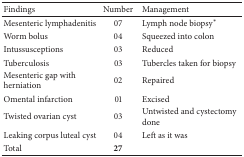
<table><thead><tr><td><b>Findings</b></td><td><b>Number</b></td><td><b>Management</b></td></tr></thead><tbody><tr><td>Mesenteric lymphadenitis</td><td>07</td><td>Lymph node biopsy*</td></tr><tr><td>Worm bolus</td><td>04</td><td>Squeezed into colon</td></tr><tr><td>Intussusceptions</td><td>03</td><td>Reduced</td></tr><tr><td>Tuberculosis</td><td>03</td><td>Tubercles taken for biopsy</td></tr><tr><td>Mesenteric gap with herniation</td><td>02</td><td>Repaired</td></tr><tr><td>Omental infarction</td><td>01</td><td>Excised</td></tr><tr><td>Twisted ovarian cyst</td><td>03</td><td>Untwisted and cystectomy done</td></tr><tr><td>Leaking corpus luteal cyst</td><td>04</td><td>Left as it was</td></tr><tr><td>Total</td><td><b>27</b></td><td></td></tr></tbody></table>